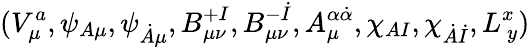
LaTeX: (V_{\mu}^{a},\psi_{A\mu},\psi_{\dot{A}\mu},B_{\mu\nu}^{+I},B_{\mu\nu}^{-\dot{I}},A_{\mu}^{\alpha\dot{\alpha}},\chi_{AI},\chi_{\dot{A}\dot{I}},L_{\ y}^{x})